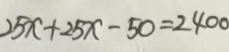
2 5 x + 2 5 x - 5 0 = 2 4 0 0